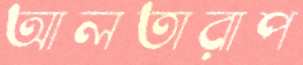
আলতারাপ